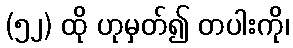
(၅၂) ထို ဟုမှတ်၍ တပါးကို၊